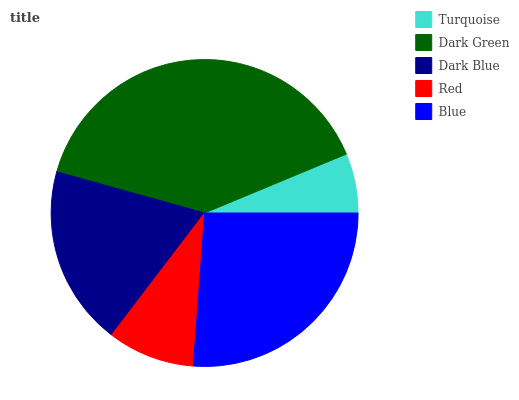
| Turquoise | Dark Green | Dark Blue | Red | Blue |
 | --- | --- | --- | --- | --- |
 | 6.27% | 39.5% | 18.9% | 9.22% | 26.1% |